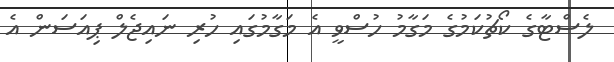
ލެސްޓާގެ ކޯޗުކަމުގެ މަގާމު ހުސްވީ އެ މަގާމުގައި ހުރި ނައިޖެލް ޕިއަސަން އެ